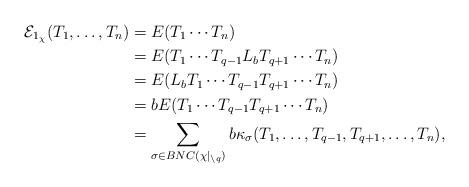
LaTeX: \begin{align*}\mathcal{E}_{1_\chi}(T_1, \ldots, T_n) &= E(T_1\cdots T_n) \\ &= E(T_1 \cdots T_{q-1} L_b T_{q+1} \cdots T_n) \\ &= E(L_bT_1 \cdots T_{q-1} T_{q+1}\cdots T_n) \\ &= bE(T_1 \cdots T_{q-1} T_{q+1}\cdots T_n) \\ &= \sum_{\sigma \in BNC(\chi|_{\setminus q})} b\kappa_{\sigma}(T_1, \ldots, T_{q-1}, T_{q+1}, \ldots, T_n),\end{align*}